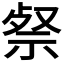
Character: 𮁹